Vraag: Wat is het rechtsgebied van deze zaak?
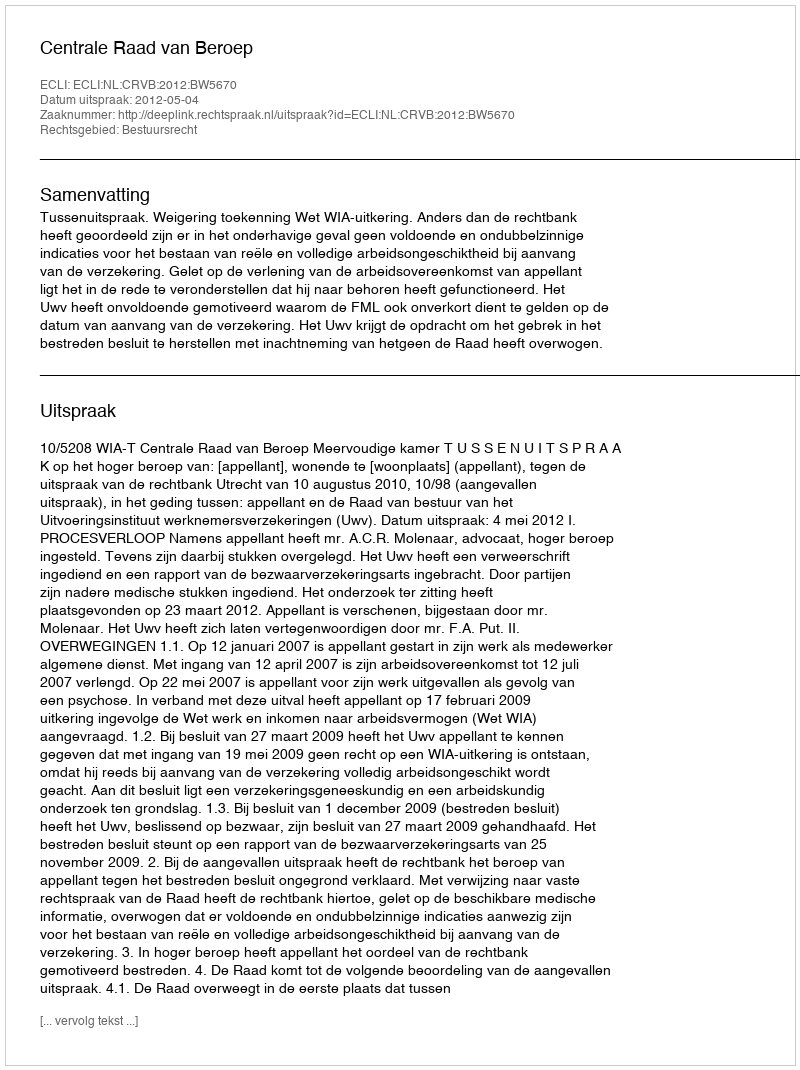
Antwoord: Bestuursrecht